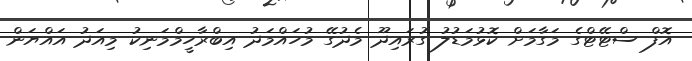
އޮފް ސްޓޭޓްގެ މަގާމަށް ކޮޅުމަޑުލު ގުރައިދޫ މެދުގޭ މުހައްމަދު އިބްރާހީމްމަނިކު މިއަދު އައްޔަން